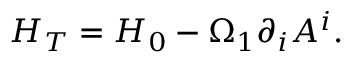
{ \cal H } _ { T } = { \cal H } _ { 0 } - \Omega _ { 1 } \partial _ { i } A ^ { i } .